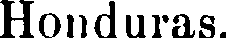
Honduras.